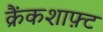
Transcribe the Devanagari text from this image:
क्रैंकशाफ़्ट